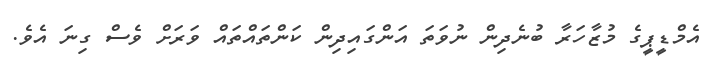
އެމްޑީޕީގެ މުޒާހަރާ ބުނެދިން ނުވަތަ އަންގައިދިން ކަންތައްތައް ވަރަށް ވެސް ގިނަ އެވެ.